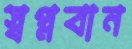
স্বপ্নবান